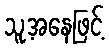
သူ့အနေဖြင့်